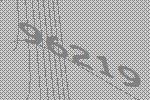
96219